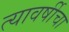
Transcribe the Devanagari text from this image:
त्यावर्षीचा